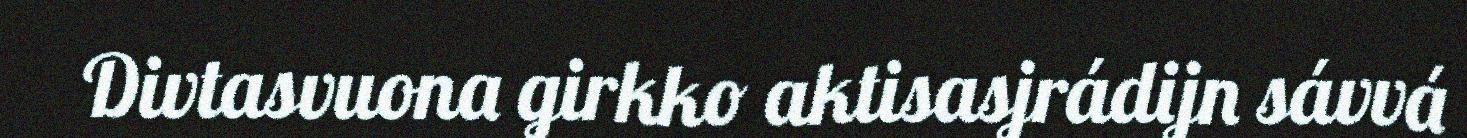
Divtasvuona girkko aktisasjrádijn sávvá